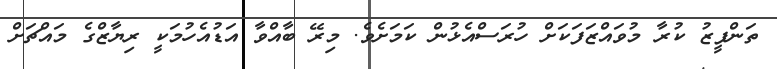
ތަންފީޒު ކުރާ މުވައްޒަފަކަށް ހުރަސްއެޅުން ކަމަށެވެ. މިރޭ ބާއްވާ އަޑުއެހުމަކީ ރިޔާޒްގެ މައްޗަށް